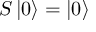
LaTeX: S \left| 0 \right\rangle = \left| 0 \right\rangle